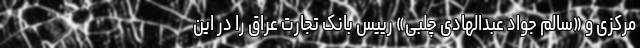
مرکزی و «سالم جواد عبدالهادی چلبی» رییس بانک تجارت عراق را در این